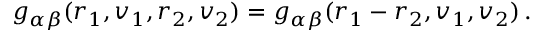
g _ { \alpha \beta } ( \boldsymbol { r } _ { 1 } , \boldsymbol { v } _ { 1 } , \boldsymbol { r } _ { 2 } , \boldsymbol { v } _ { 2 } ) = g _ { \alpha \beta } ( \boldsymbol { r } _ { 1 } - \boldsymbol { r } _ { 2 } , \boldsymbol { v } _ { 1 } , \boldsymbol { v } _ { 2 } ) \, .